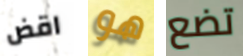
اقض هو تضع